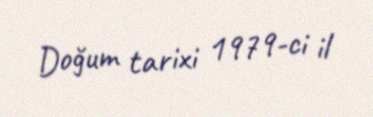
Doğum tarixi 1979-ci il